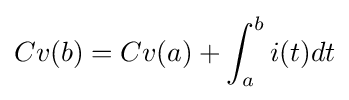
Cv(b)=Cv(a)+\int _{a}^{b}i(t)dt